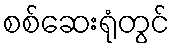
စစ်ဆေးရုံတွင်